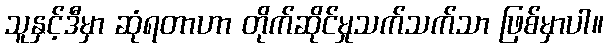
သူနှင့်ဒီမှာ ဆုံရတာဟာ တိုက်ဆိုင်မှုသက်သက်သာ ဖြစ်မှာပါ။